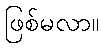
ဖြစ်မလာ။